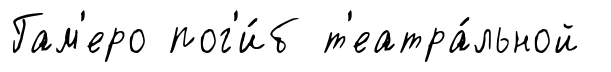
Гам'еро пог'и́б т'еатра́льной